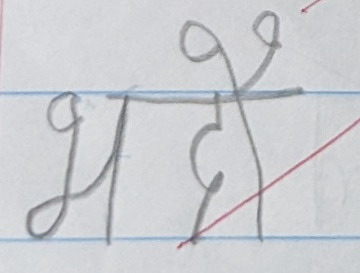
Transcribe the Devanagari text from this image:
भदे